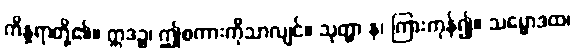
ကိန္နရာတို့၏။ ဣဒဉ္စ၊ ဤစကားကိုသာလျင်။ သုတွာ န၊ ကြားကုန်၍။ သမ္မောဒထ၊